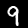
Label: 9